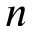
n